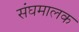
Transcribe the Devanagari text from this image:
संघमालक